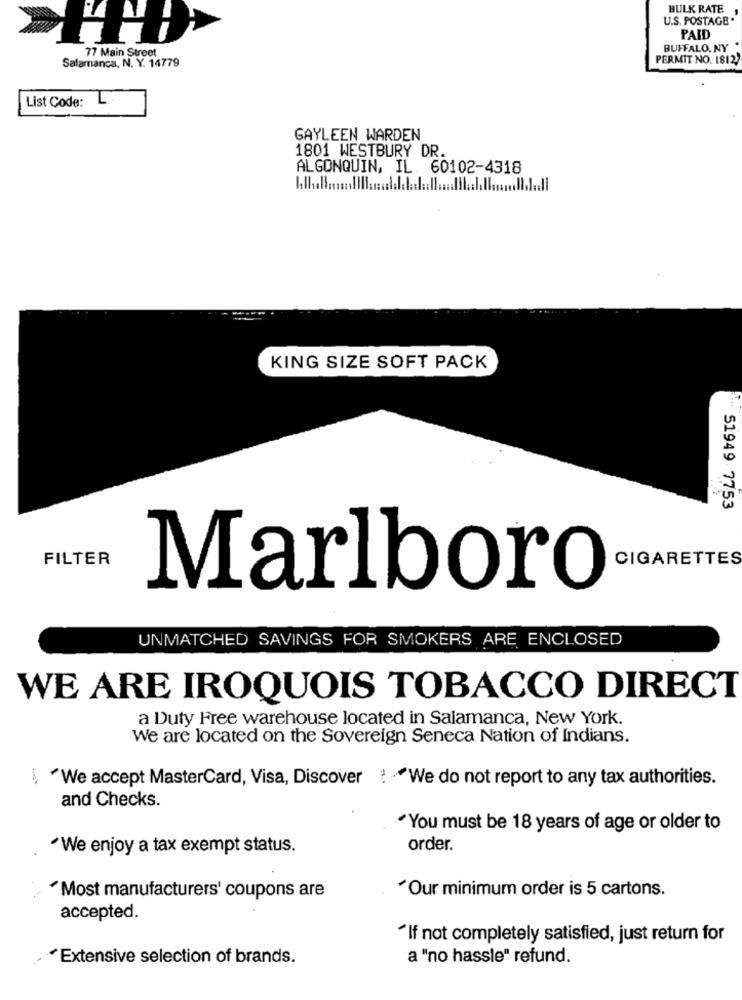
BULK RATE
U.S. POSTAGE.
PAID
77 Main Street
BUFFALO. NY
Salamanca, N. Y. 14779
PERMIT NO. 1812,
List Code:
GAYLEEN WARDEN
1801 WESTBURY DR.
ALGONQUIN, IL. 60102-4318
KING SIZE SOFT PACK
51949 7753
FILTER
CIGARETTES
Marlboro
UNMATCHED SAVINGS FOR SMOKERS ARE ENCLOSED
WE ARE IROQUOIS TOBACCO DIRECT
a Duty Free warehouse located in Salamanca, New York.
We are located on the Sovereign Seneca Nation of Indians.
"We accept MasterCard, Visa, Discover ? - We do not report to any tax authorities.
and Checks.
"You must be 18 years of age or older to
·We enjoy a tax exempt status.
order.
"Our minimum order is 5 cartons.
"Most manufacturers' coupons are
accepted.
"If not completely satisfied, just return for
. Extensive selection of brands.
a "no hassle" refund.